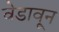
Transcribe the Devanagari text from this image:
वेडावून